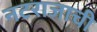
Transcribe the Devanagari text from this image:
नटराजाची